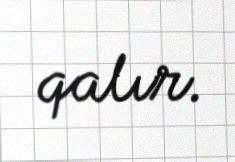
qalır.